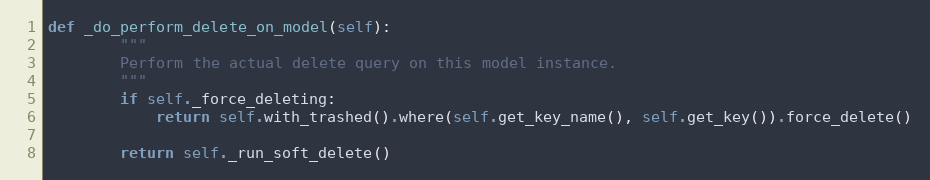
Language: Python
def _do_perform_delete_on_model(self):
        """
        Perform the actual delete query on this model instance.
        """
        if self._force_deleting:
            return self.with_trashed().where(self.get_key_name(), self.get_key()).force_delete()

        return self._run_soft_delete()